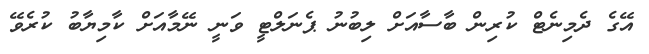
އޭގެ ދެމިނެޓް ކުރިން ބާސާއަށް ލިބުނު ޕެނަލްޓީ ވަނީ ނޭމާއަށް ކާމިޔާބު ކުރެވޭ